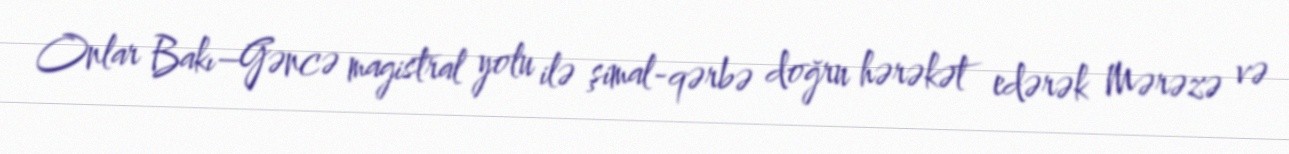
Onlar Bakı–Gəncə magistral yolu ilə şimal-qərbə doğru hərəkət edərək Mərəzə və